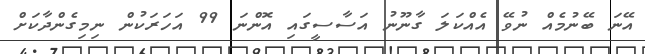
އޭނަ ބޭނުމެއް ނުވޭ އެއްކަލަ ގާނޫނު އަސާސީގައި އޮންނަ 99 އަހަރަކުން ނިމިގެންދާކަށް